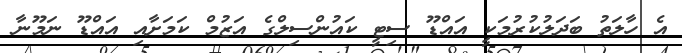
އެ ހާލަތު ބަދަލުކުރުމަކީ އައްޑޫ ސިޓީ ކައުންސިލްގެ އަޒުމް ކަމަށާއި އައްޑޫ ނަމޫނާ